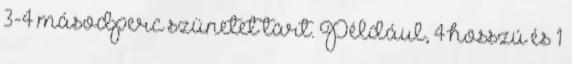
3-4 másodperc szünetet tart. Például, 4 hosszú és 1